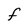
Character: f